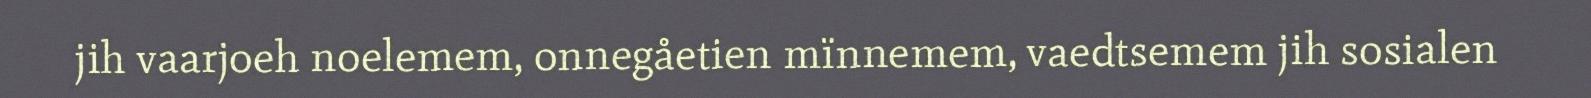
jih vaarjoeh noelemem, onnegåetien mïnnemem, vaedtsemem jih sosialen